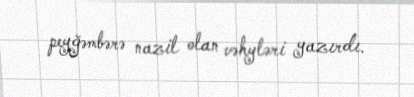
peyğəmbərə nazil olan vəhyləri yazırdı.